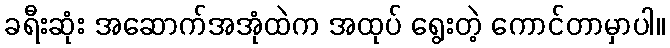
ခရီးဆုံး အဆောက်အအုံထဲက အထုပ် ရွေးတဲ့ ကောင်တာမှာပါ။